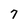
Character: 7